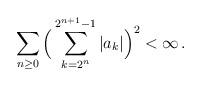
LaTeX: \begin{align*} \sum_{n\ge 0} \Big(\sum_{k=2^n}^{2^{n+1}-1} |a_k|\Big)^2 <\infty\, . \end{align*}